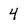
Character: 4